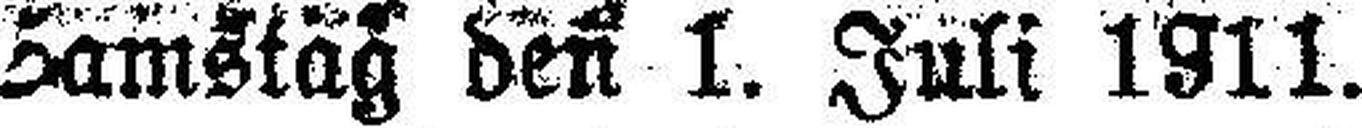
Samstag den 1. Juli 1911.